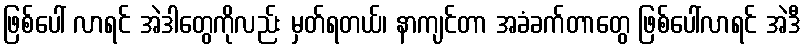
ဖြစ်ပေါ် လာရင် အဲဒါတွေကိုလည်း မှတ်ရတယ်၊ နာကျင်တာ အခံခက်တာတွေ ဖြစ်ပေါ်လာရင် အဲဒီ